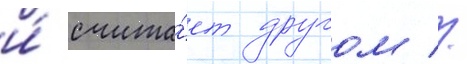
и́ счита́ет другом //